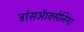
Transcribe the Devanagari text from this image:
ट्रांसऑक्सेनिया